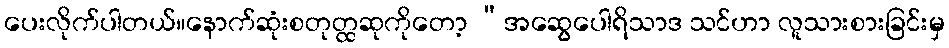
ပေးလိုက်ပါတယ်။နောက်ဆုံးစတုတ္ထဆုကိုတော့ “အဆွေပေါရိသာဒ သင်ဟာ လူသားစားခြင်းမှ